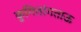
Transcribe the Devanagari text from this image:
कुगितांगताऊ